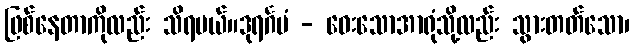
ဖြစ်နေတာကိုလည်း သိရမယ်။ဒုရင်္ဂမံ - ဝေးသောအာရုံသို့လည်း သွားတတ်သော၊